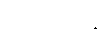
ဥပသမ္ပဒန္တိ